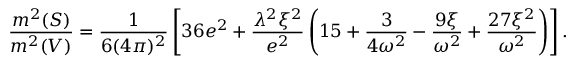
{ \frac { m ^ { 2 } ( S ) } { m ^ { 2 } ( V ) } } = { \frac { 1 } { 6 ( 4 \pi ) ^ { 2 } } } \left[ 3 6 e ^ { 2 } + { \frac { \lambda ^ { 2 } \xi ^ { 2 } } { e ^ { 2 } } } \left( 1 5 + { \frac { 3 } { 4 \omega ^ { 2 } } } - { \frac { 9 \xi } { \omega ^ { 2 } } } + { \frac { 2 7 \xi ^ { 2 } } { \omega ^ { 2 } } } \right) \right] .